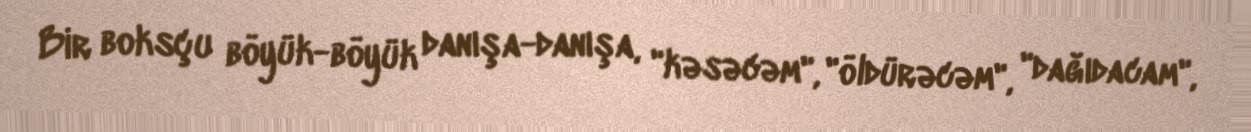
Bir boksçu böyük-böyük danışa-danışa, "kəsəcəm", "öldürəcəm", "dağıdacam",